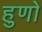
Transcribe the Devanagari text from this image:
हुणो